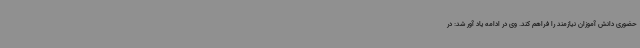
حضوری دانش آموزان نیازمند را فراهم کند. وی در ادامه یاد آور شد: در